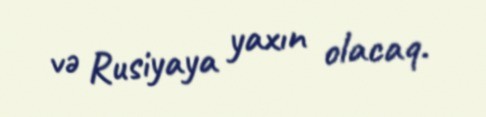
və Rusiyaya yaxın olacaq.